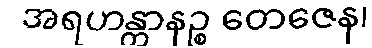
အရဟန္တာနဉ္စ တေဇေန၊